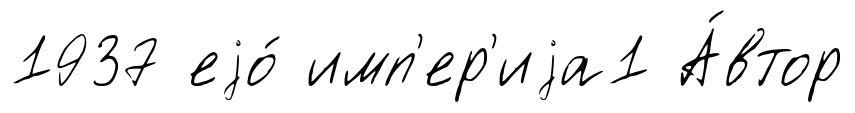
1937 еjо́ имп'ер'иjа1 А́втор